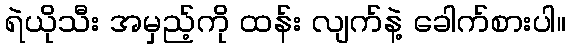
ရဲယိုသီး အမှည့်ကို ထန်း လျက်နဲ့ ခေါက်စားပါ။